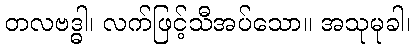
တလဗဒ္ဓါ၊ လက်ဖြင့်သီအပ်သော။ အသုမုခါ၊